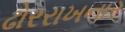
ઢોરરાખનાર